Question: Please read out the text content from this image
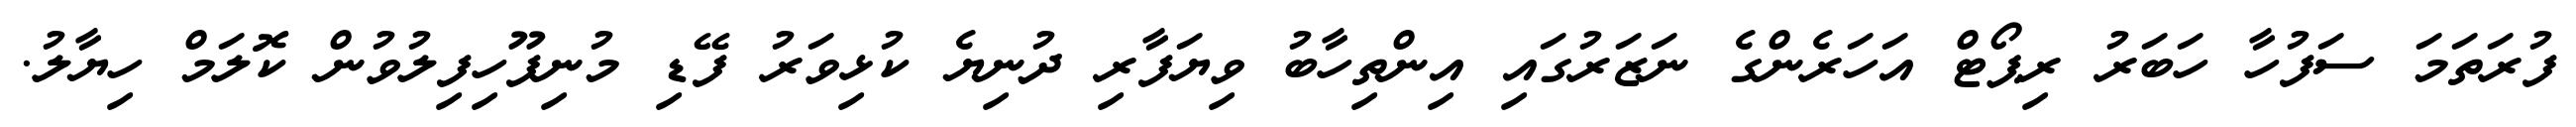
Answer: ފުރަތަމަ ސަފުހާ ހަބަރު ރިޕޯޓް އަހަރެންގެ ނަޒަރުގައި އިންތިހާބު ވިޔަފާރި ދުނިޔެ ކުޅިވަރު ފޭޑި މުނިފޫހިފިލުވުން ކޮލަމް ހިޔާލު.